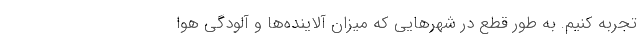
تجربه کنیم. به طور قطع در شهرهایی که میزان آلاینده‌ها و آلودگی هوا